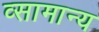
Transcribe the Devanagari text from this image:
व्सामान्य